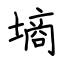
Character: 墒